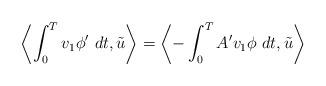
LaTeX: \begin{align*}\left\langle \int_0^T v_1 \phi'~dt,\tilde{u}\right\rangle =\left\langle -\int_0^T A'v_1\phi~dt ,\tilde{u}\right\rangle \end{align*}